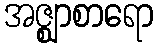
အဇ္ဈာစာရော